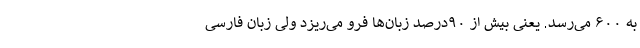
به ۶۰۰ می‌رسد. یعنی بیش از ۹۰درصد زبان‌ها فرو می‌ریزد ولی زبان فارسی